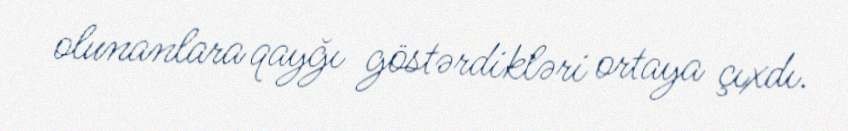
olunanlara qayğı göstərdikləri ortaya çıxdı.